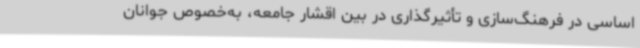
اساسی در فرهنگ‌سازی و تأثیرگذاری در بین اقشار جامعه، به‌خصوص جوانان